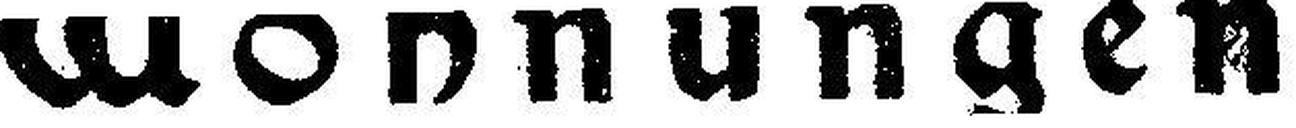
Wohnungen